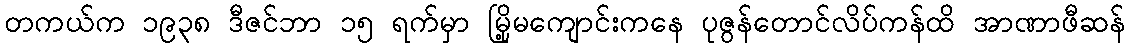
တကယ်က ၁၉၃၈ ဒီဇင်ဘာ ၁၅ ရက်မှာ မြို့မကျောင်းကနေ ပုဇွန်တောင်လိပ်ကန်ထိ အာဏာဖီဆန်